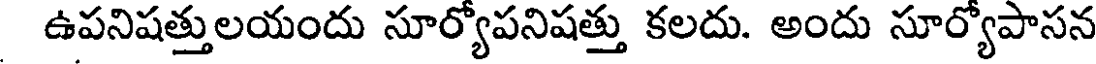
ఉపనిషత్తులయందు సూర్యోపనిషత్తు కలదు. అందు సూర్యోపాసన